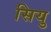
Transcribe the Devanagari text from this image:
सियु